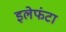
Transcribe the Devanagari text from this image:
इलेफंटा